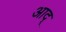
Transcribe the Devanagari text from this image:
आद्